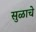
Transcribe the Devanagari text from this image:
सुळाचे